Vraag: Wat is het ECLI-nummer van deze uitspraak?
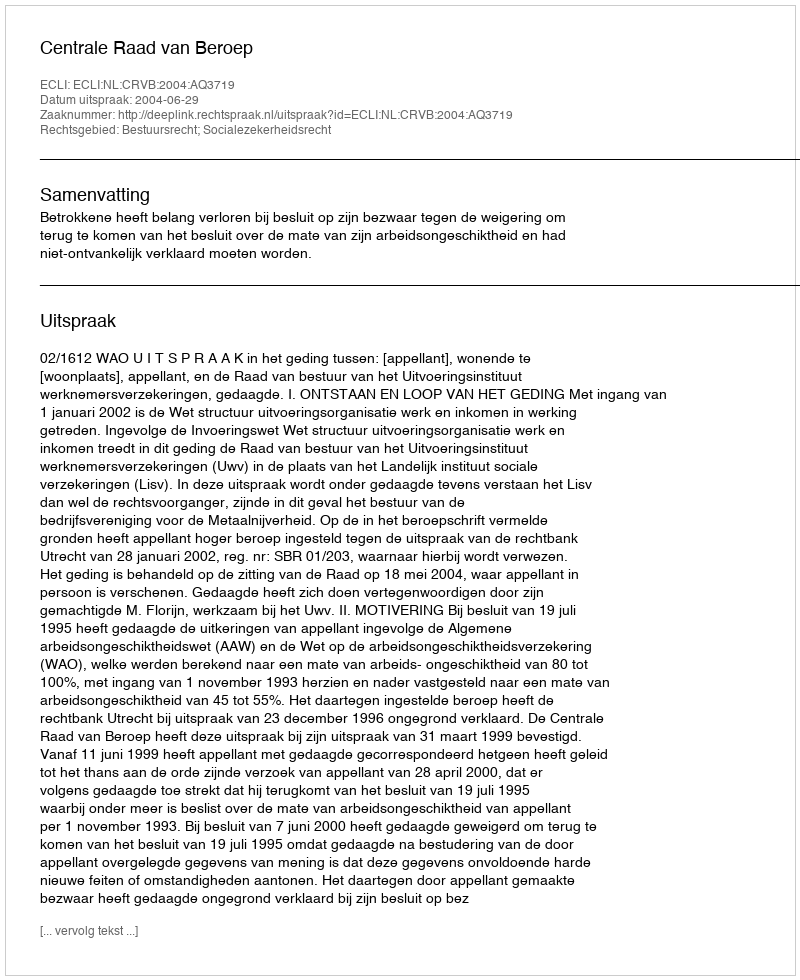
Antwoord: ECLI:NL:CRVB:2004:AQ3719